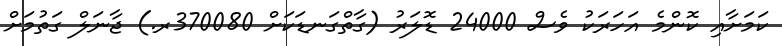
ކަމަށާއި ކޮންމެ އަހަރަކު ވެސް 24000 ޑޮލަރު (ގާތްގަނޑަކަށް 370080ރ.) ޖާނަލް ގަތުމަށް